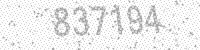
Solution: 837194